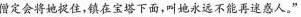
僧定会将她捉住，镇在宝塔下面，叫她永远不能再迷惑人。”